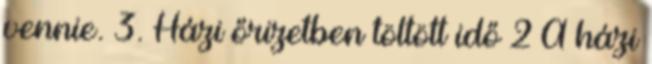
vennie. 3. Házi őrizetben töltött idő 2 A házi